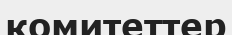
комитеттер